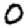
Digit: 0